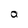
Character: a